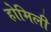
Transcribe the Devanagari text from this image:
होमिली